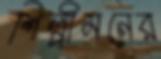
শিল্পীমনের